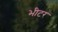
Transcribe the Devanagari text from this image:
भीटर